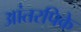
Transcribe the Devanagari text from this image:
आंतरपिके